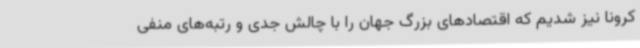
کرونا نیز شدیم که اقتصادهای بزرگ جهان را با چالش جدی و رتبه‌های منفی